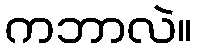
ကဘာလဲ။